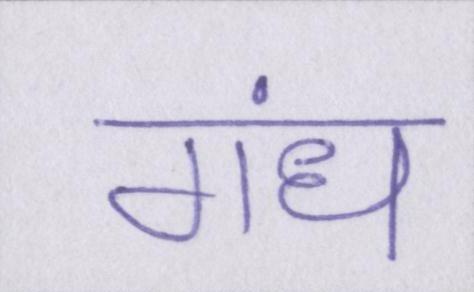
गंध